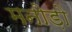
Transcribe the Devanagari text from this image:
मनोड़ो